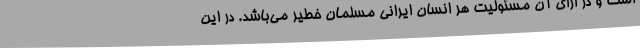
است و در ازای آن مسئولیت هر انسان ایرانی مسلمان خطیر می‌باشد. در این